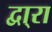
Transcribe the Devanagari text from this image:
द्वा्रा